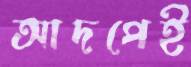
আদপেই